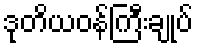
ဒုတိယဝန်ကြီးချုပ်